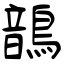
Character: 鶕